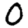
Digit: 0